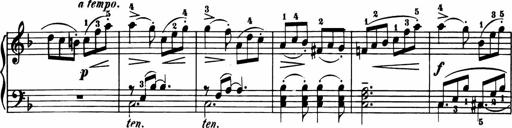
Title: 11 Sonatinas for Piano Solo
Composer: Anton Diabelli